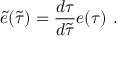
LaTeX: \tilde { e } ( \tilde { \tau } ) = \frac { d \tau } { d \tilde { \tau } } e ( \tau ) \ .